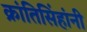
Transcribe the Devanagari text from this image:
क्रांतिसिंहांनी